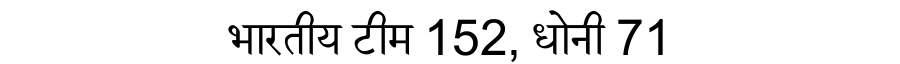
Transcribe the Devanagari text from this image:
भारतीय टीम 152, धोनी 71